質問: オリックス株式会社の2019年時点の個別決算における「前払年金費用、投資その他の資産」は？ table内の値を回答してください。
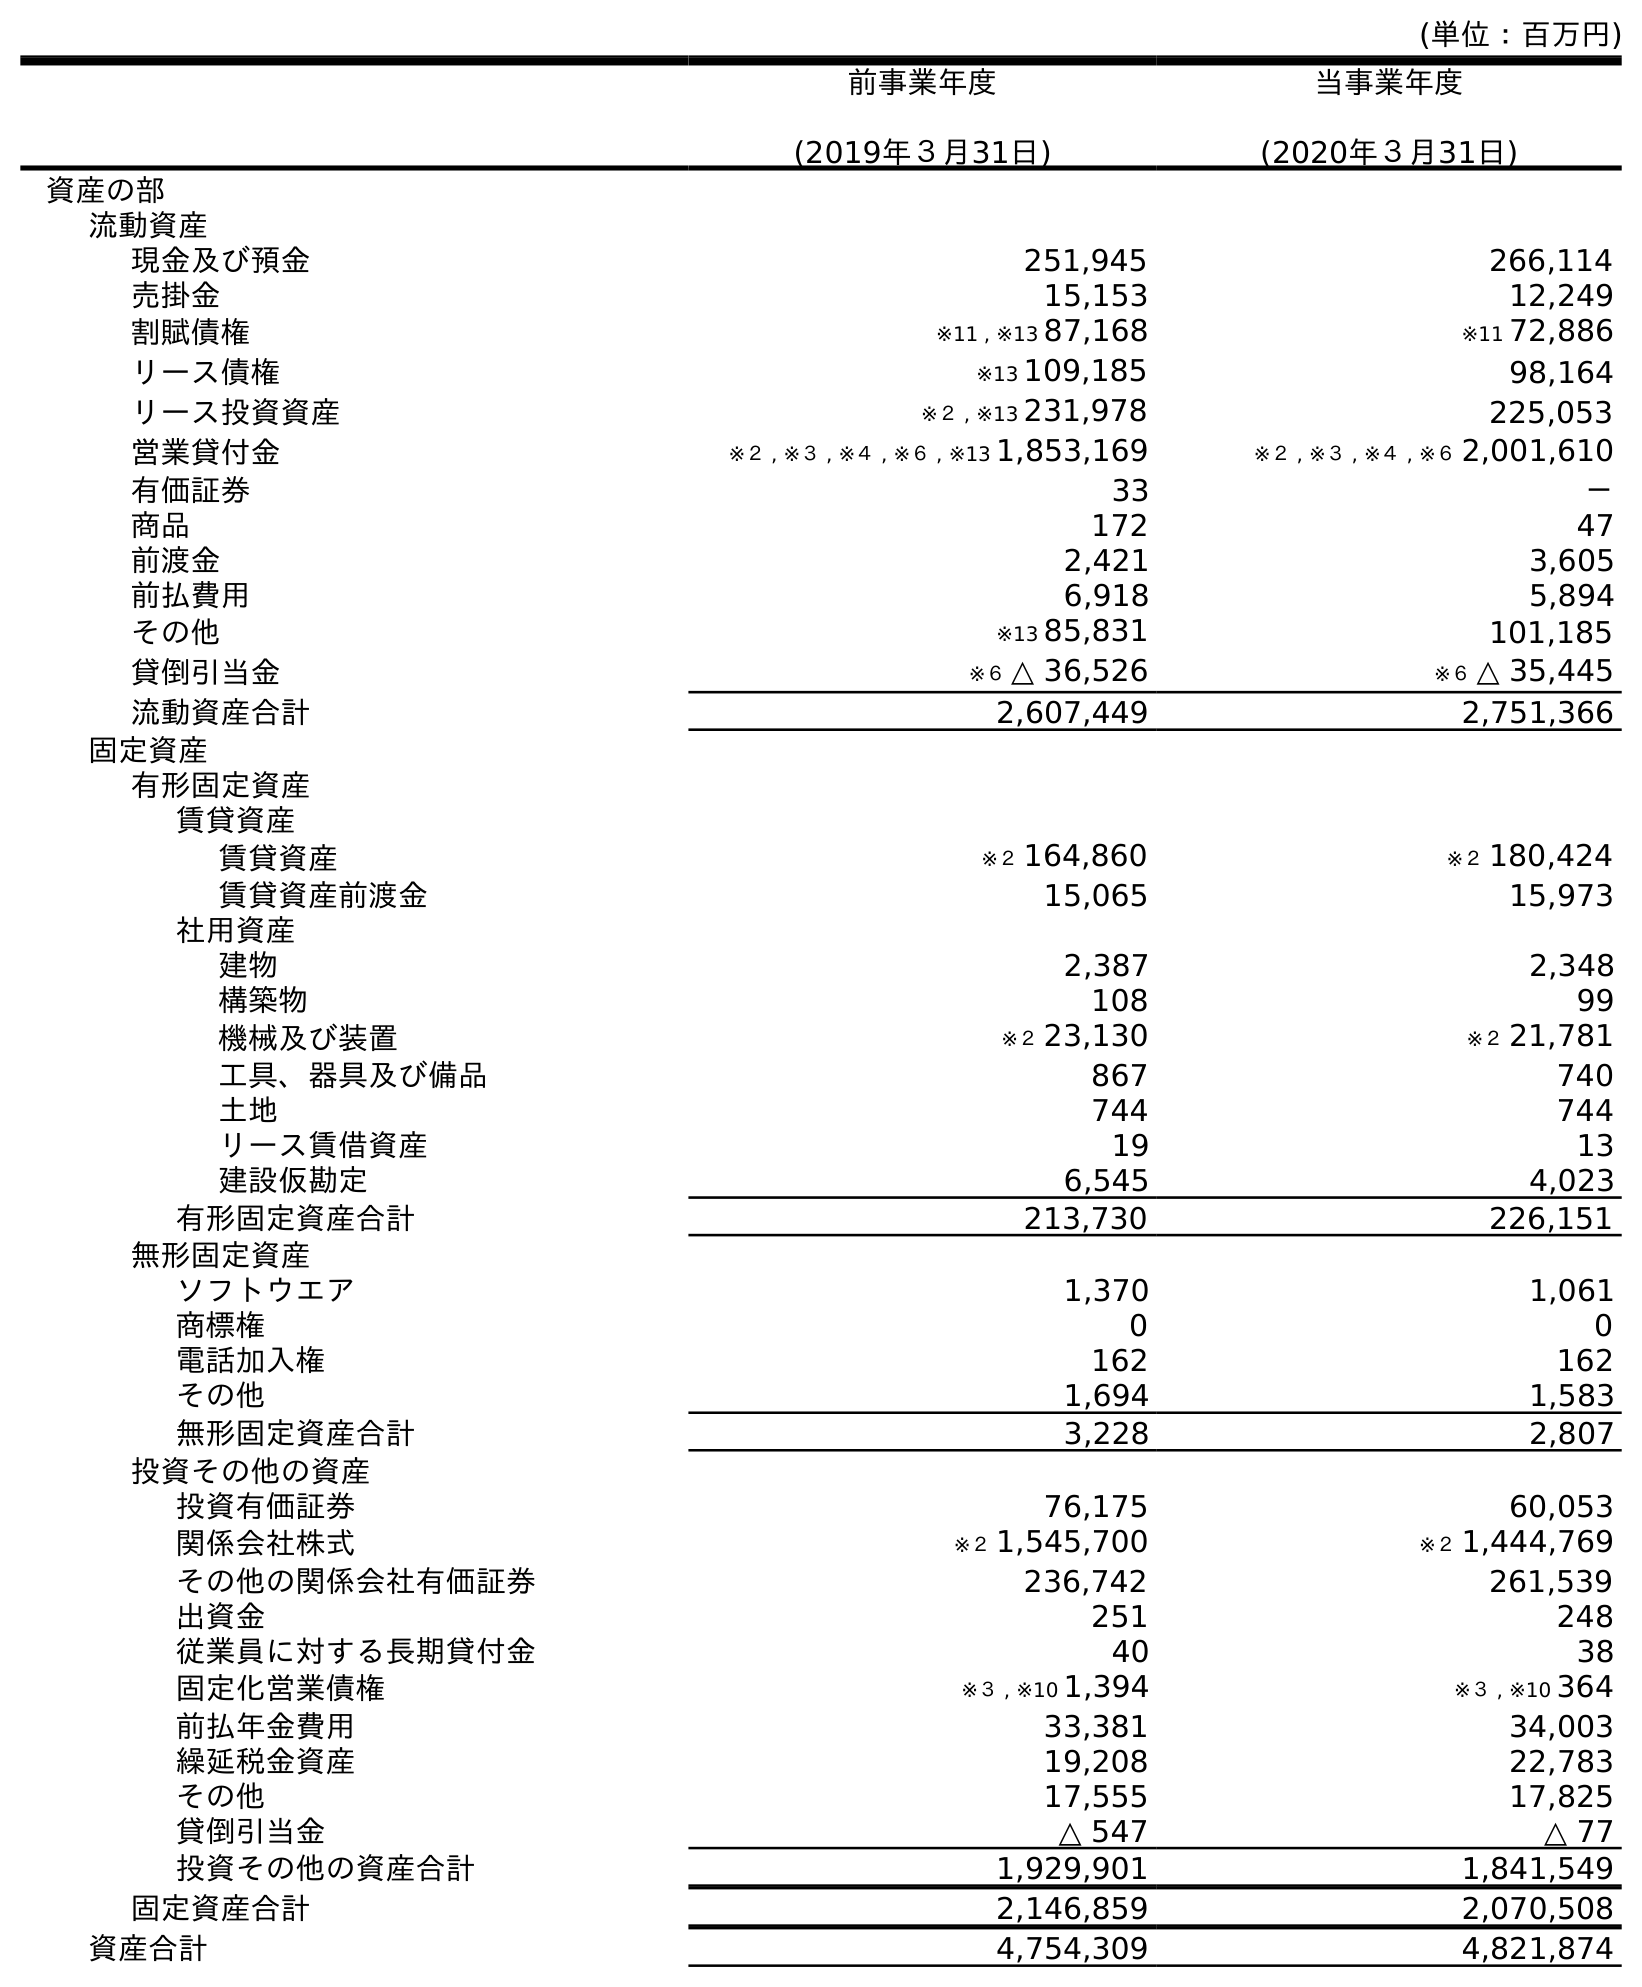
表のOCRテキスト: (単位：百万円) 前事業年度 (2019年３月31日) 当事業年度 (2020年３月31日) 資産の部 流動資産 現金及び預金 251,945 266,114 売掛金 15,153 12,249 割賦債権 ※11 , ※13 87,168 ※11 72,886 リース債権 ※13 109,185 98,164 リース投資資産 ※２ , ※13 231,978 225,053 営業貸付金 ※２ , ※３ , ※４ , ※６ , ※13 1,853,169 ※２ , ※３ , ※４ , ※６ 2,001,610 有価証券 33 － 商品 172 47 前渡金 2,421 3,605 前払費用 6,918 5,894 その他 ※13 85,831 101,185 貸倒引当金 ※６ △ 36,526 ※６ △ 35,445 流動資産合計 2,607,449 2,751,366 固定資産 有形固定資産 賃貸資産 賃貸資産 ※２ 164,860 ※２ 180,424 賃貸資産前渡金 15,065 15,973 社用資産 建物 2,387 2,348 構築物 108 99 機械及び装置 ※２ 23,130 ※２ 21,781 工具、器具及び備品 867 740 土地 744 744 リース賃借資産 19 13 建設仮勘定 6,545 4,023 有形固定資産合計 213,730 226,151 無形固定資産 ソフトウエア 1,370 1,061 商標権 0 0 電話加入権 162 162 その他 1,694 1,583 無形固定資産合計 3,228 2,807 投資その他の資産 投資有価証券 76,175 60,053 関係会社株式 ※２ 1,545,700 ※２ 1,444,769 その他の関係会社有価証券 236,742 261,539 出資金 251 248 従業員に対する長期貸付金 40 38 固定化営業債権 ※３ , ※10 1,394 ※３ , ※10 364 前払年金費用 33,381 34,003 繰延税金資産 19,208 22,783 その他 17,555 17,825 貸倒引当金 △ 547 △ 77 投資その他の資産合計 1,929,901 1,841,549 固定資産合計 2,146,859 2,070,508 資産合計 4,754,309 4,821,874
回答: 33,381